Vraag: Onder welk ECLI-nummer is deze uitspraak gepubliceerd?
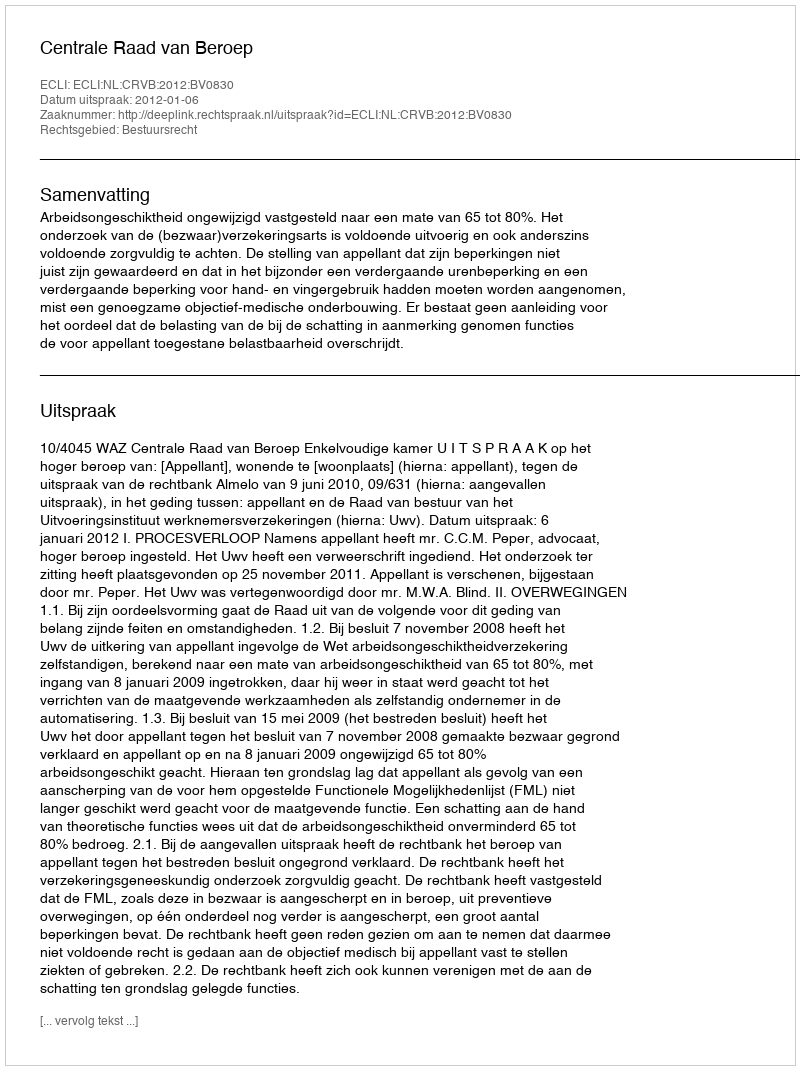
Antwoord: ECLI:NL:CRVB:2012:BV0830